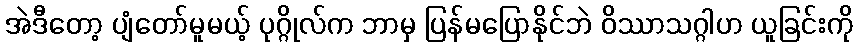
အဲဒီတော့ ပျံတော်မူမယ့် ပုဂ္ဂိုလ်က ဘာမှ ပြန်မပြောနိုင်ဘဲ ဝိဿာသဂ္ဂါဟ ယူခြင်းကို